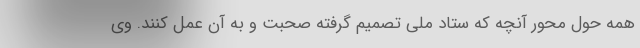
همه حول محور آنچه که ستاد ملی تصمیم گرفته صحبت و به آن عمل کنند. وی